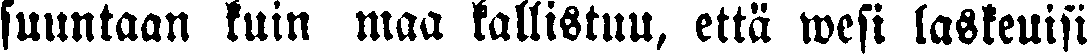
suuntaan kuin maa kallistuu, että wesi laskeuisi